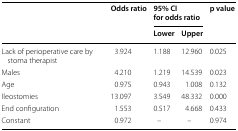
<table><thead><tr><td rowspan="2"></td><td rowspan="2"><b>Odds ratio</b></td><td colspan="2"><b>95% CI for odds ratio</b></td><td rowspan="2"><b>p value</b></td></tr><tr><td><b>Lower</b></td><td><b>Upper</b></td></tr></thead><tbody><tr><td>Lack of perioperative care by stoma therapist</td><td>3.924</td><td>1.188</td><td>12.960</td><td>0.025</td></tr><tr><td>Males</td><td>4.210</td><td>1.219</td><td>14.539</td><td>0.023</td></tr><tr><td>Age</td><td>0.975</td><td>0.943</td><td>1.008</td><td>0.132</td></tr><tr><td>Ileostomies</td><td>13.097</td><td>3.549</td><td>48.332</td><td>0.000</td></tr><tr><td>End configuration</td><td>1.553</td><td>0.517</td><td>4.668</td><td>0.433</td></tr><tr><td>Constant</td><td>0.972</td><td>–</td><td>–</td><td>0.974</td></tr></tbody></table>